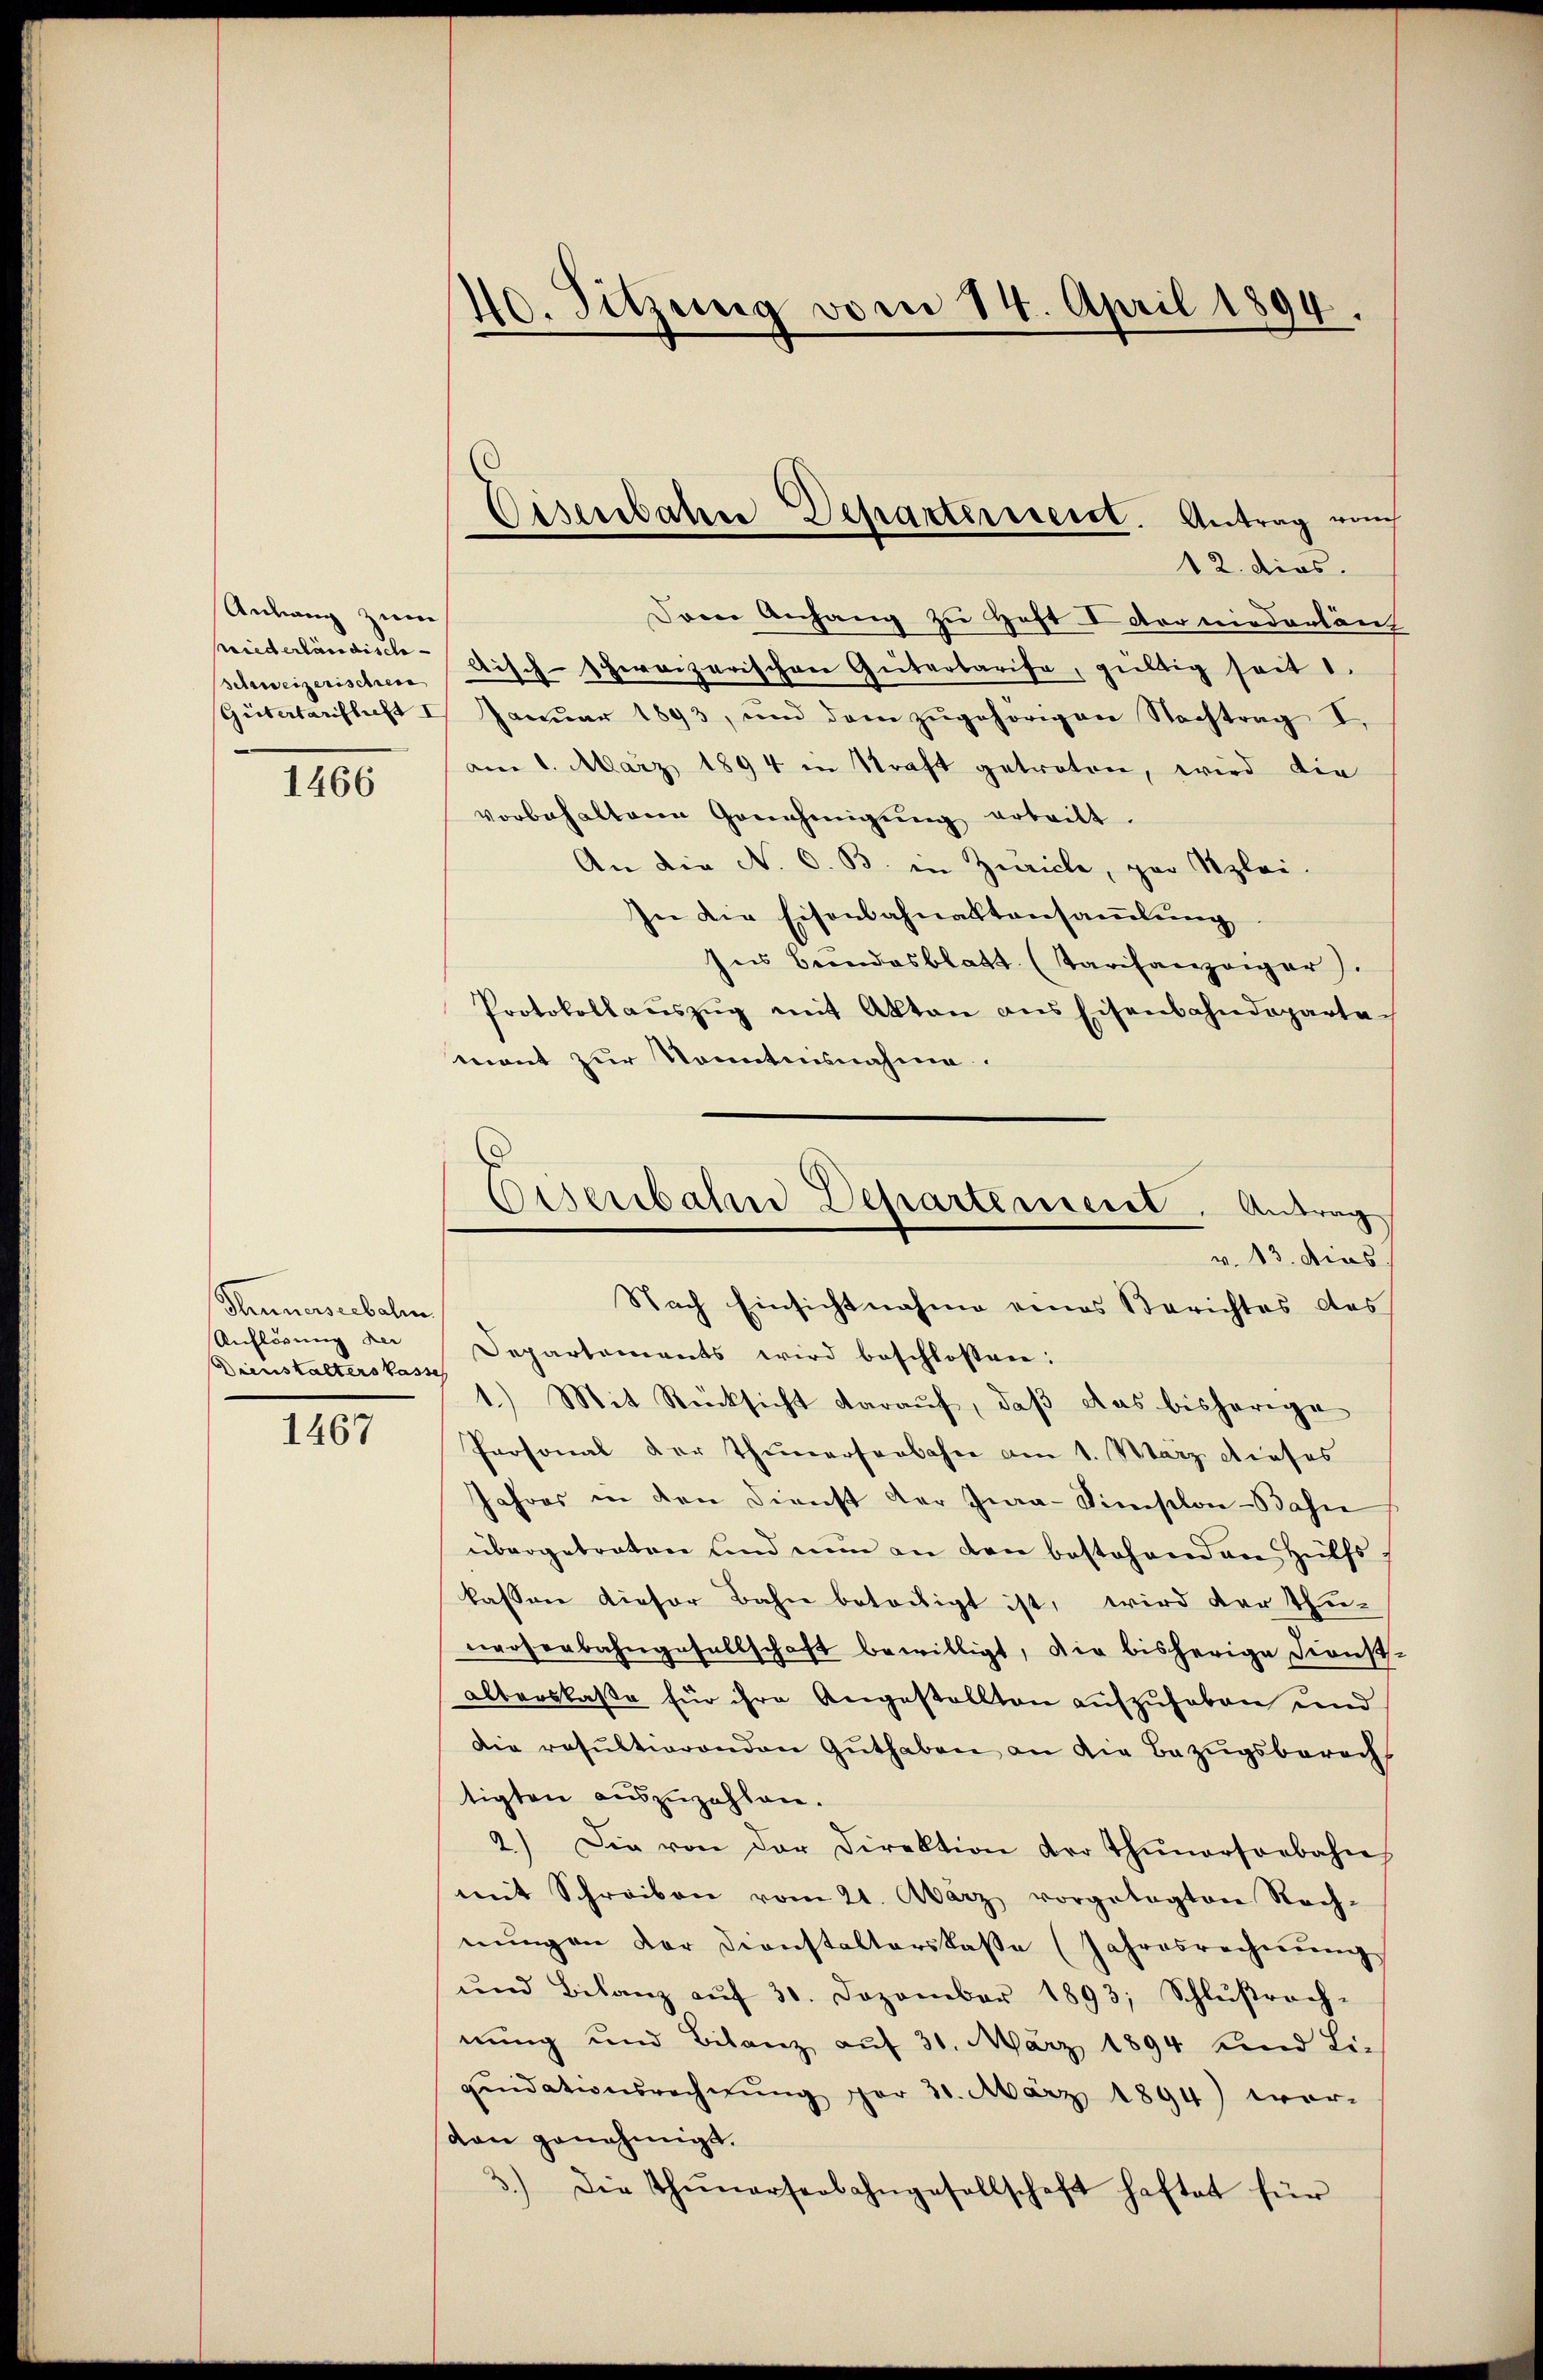
Anhang zum
sriederländische

1466

Sennerseebalm
Auflösung der
Dienstalters kasse

1467

Irene Anhang zu Heft I der niederlän
Schweizerischen Fisch-spereizerischen Güterbarise, giltig seit 1.
Gütatanflecht I Janŭar 1893, und dem zŭgehörigen Nachtrag I
am 1. März 1894 in Kraft getreten, wird die
vorbehaltenen Genehmigŭng erteilt.
An die N. O. B. in Zuricle, par Szlei-
In die Eisenbahnaktansamlung
Ins Bundesblatt. (Tarifanzeiger).
Protokoll aŭszŭg mit Akten ans Eisenbahndeparta-
mont zur Kenntnisnahme.
Departements wird beschlossen:
1.) Mit Rücksicht daraŭf, daβ das bisherige
Personal der Thunerserbahn am 1. März dieses
Jahres in den Dienst der Jura-Simplon-Bahne
übergebraten und nun an den bestehenden Hülfs
kassen dieser Bahn betätigt ist, wird der Thu-
wrosenbahngesellschaft bewilligt, die bisherige Dienst-
alterskasse für ihre Angestellten aufzuheben und
Die resultierenden Guthaben an die Bezŭgsberecht
tigten auszuzahlen.
2.) Die von der Direktion der Thunerseebahn
mit Schreiben vom 21. März vorgelegten Rech-
nŭngen der Dienstalterskasse (Jahresrechnŭng
ŭnd Bilanz aŭf 31. Dezember 1893; Schlŭβrach-
nung und Bilanz auf 31. März 1894 und Liqŭidationsrechnŭng par 31. März 1894) wer-
von genehmigt.
3.) Die Thunarserbahngesellschaft haftet für

40. Sitzung vom 14. April 1894.

Cisenbahne Departeresent. Antrag auch
12. dies

Eisenbahne Departement. Antrag
v. 13. dies
Nach Einsichtnahme eines Berichtes das